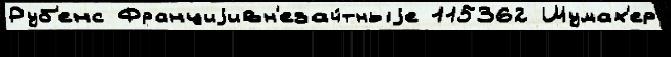
Руб'енс Франциjивн'езач́тныjе 115362 Шумах'ер